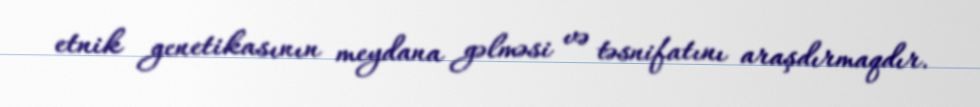
etnik genetikasının meydana gəlməsi və təsnifatını araşdırmaqdır.